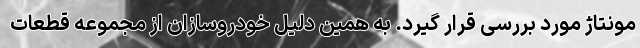
مونتاژ مورد بررسی قرار گیرد. به همین دلیل خودروسازان از مجموعه قطعات